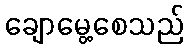
ချောမွေ့စေသည်